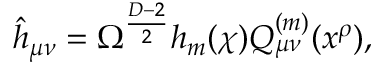
\hat { h } _ { \mu \nu } = \Omega ^ { \frac { D - 2 } { 2 } } h _ { m } ( \chi ) Q _ { \mu \nu } ^ { ( m ) } ( x ^ { \rho } ) ,